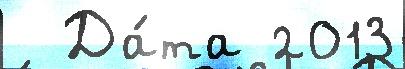
  Да́та 2013